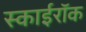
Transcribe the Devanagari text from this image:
स्काईरॉक